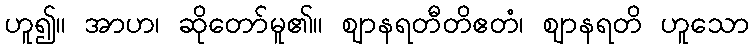
ဟူ၍။ အာဟ၊ ဆိုတော်မူ၏။ ဈာနရတီတိဧတံ၊ ဈာနရတိ ဟူသော